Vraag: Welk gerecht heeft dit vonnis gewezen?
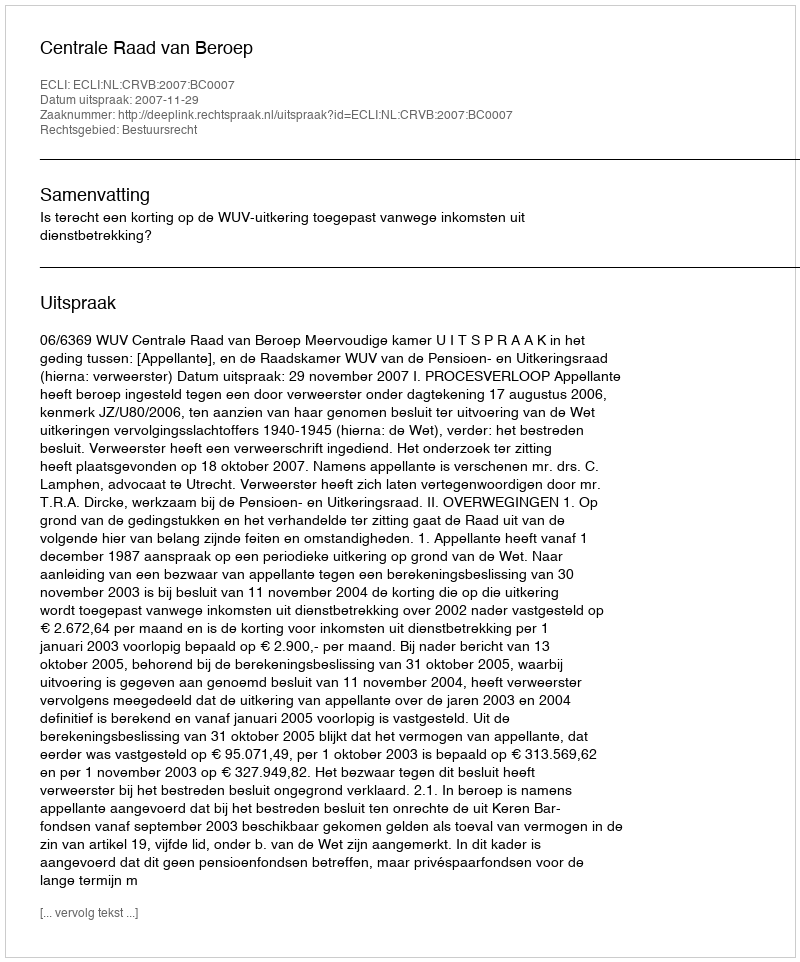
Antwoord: Centrale Raad van Beroep